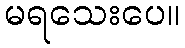
မရသေးပေ။